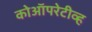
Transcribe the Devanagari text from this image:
कोऑपरेटीव्ह